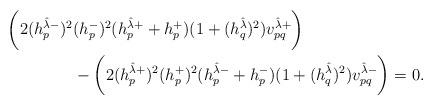
LaTeX: \begin{align*}\bigg ( 2(h^{\hat{\lambda}-}_p)^{2}& (h^{-}_p)^{2}(h^{\hat{\lambda}+}_p +h^{+}_p)(1+(h^{\hat{\lambda}}_q)^2)v^{\hat{\lambda}+}_{pq} \bigg)\\&-\bigg (2(h^{\hat{\lambda}+}_p)^{2} (h^{+}_p)^{2}(h^{\hat{\lambda}-}_p +h^{-}_p )(1+(h^{\hat{\lambda}}_q)^2)v^{\hat{\lambda}-}_{pq}\bigg)=0.\end{align*}